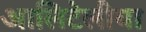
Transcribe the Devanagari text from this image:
आलिटेलीया